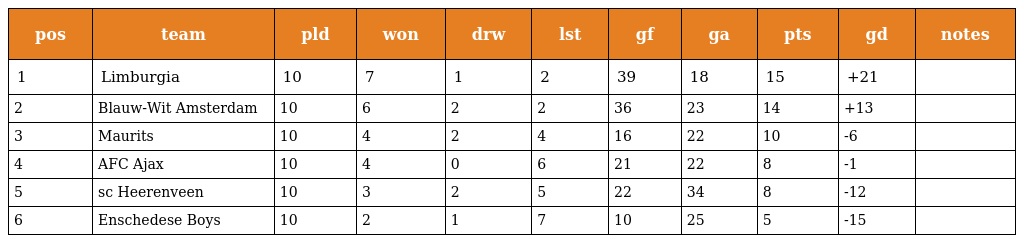
| pos | team | pld | won | drw | lst | gf | ga | pts | gd | notes |
 | --- | --- | --- | --- | --- | --- | --- | --- | --- | --- | --- |
 | 1 | Limburgia | 10 | 7 | 1 | 2 | 39 | 18 | 15 | +21 |  |
 | 2 | Blauw-Wit Amsterdam | 10 | 6 | 2 | 2 | 36 | 23 | 14 | +13 |  |
 | 3 | Maurits | 10 | 4 | 2 | 4 | 16 | 22 | 10 | -6 |  |
 | 4 | AFC Ajax | 10 | 4 | 0 | 6 | 21 | 22 | 8 | -1 |  |
 | 5 | sc Heerenveen | 10 | 3 | 2 | 5 | 22 | 34 | 8 | -12 |  |
 | 6 | Enschedese Boys | 10 | 2 | 1 | 7 | 10 | 25 | 5 | -15 |  |